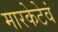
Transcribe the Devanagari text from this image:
मारकेटेवं